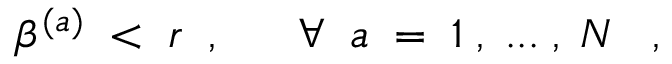
\beta ^ { ( a ) } \; < \; r \; \; , \; \; \; \; \; \; \forall \; \; a \; = \; 1 \; , \; . . . \; , \; N \; \; \; ,